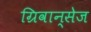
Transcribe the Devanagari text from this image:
ग्रिवान्सेज